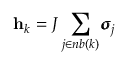
\mathbf h _ { k } = J \sum _ { j \in n b ( k ) } \pmb { \sigma } _ { j }